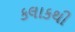
કલાકથી